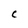
Character: C